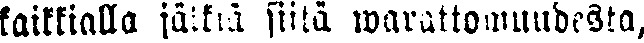
kaikkialla jälkiä siitä warattomudesta,